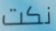
نكت